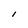
Character: I